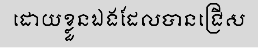
ដោយខ្លួនឯងដែលបានជ្រើស